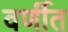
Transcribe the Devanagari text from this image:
वर्णीत